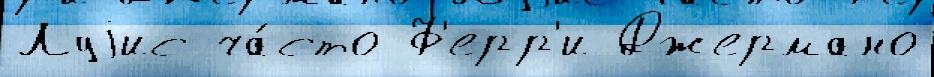
Луjис ча́сто Ф'ерр'и Джермано